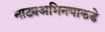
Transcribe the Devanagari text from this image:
नाट्यअभिनयाकडे